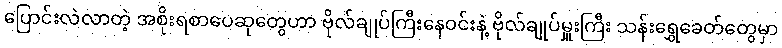
ပြောင်းလဲလာတဲ့ အစိုးရစာပေဆုတွေဟာ ဗိုလ်ချုပ်ကြီးနေဝင်းနဲ့ ဗိုလ်ချုပ်မှူးကြီး သန်းရွှေခေတ်တွေမှာ